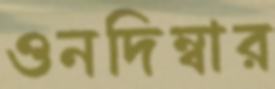
ওনদিম্বার